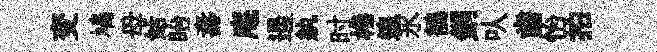
变鳩母姑眙夀庵遏紈时棬遑氷鶺銅㕥齒怡拍